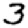
Digit: 3